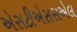
એસટીએસસએલ